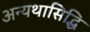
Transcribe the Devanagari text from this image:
अन्यथासिद्धि